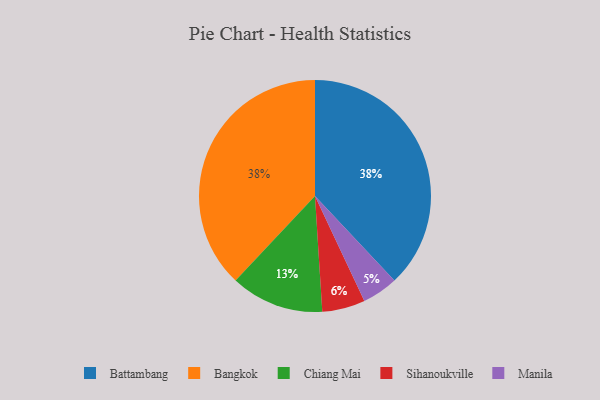
{"axis": {"x": "Category", "y": "Percentage"}, "legend": ["Bangkok", "Battambang", "Chiang Mai", "Manila", "Sihanoukville"], "data": [{"x": "Chiang Mai", "y": 13, "type": "Chiang Mai"}, {"x": "Battambang", "y": 38, "type": "Battambang"}, {"x": "Bangkok", "y": 38, "type": "Bangkok"}, {"x": "Sihanoukville", "y": 6, "type": "Sihanoukville"}, {"x": "Manila", "y": 5, "type": "Manila"}]}